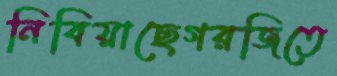
নিবিয়াছেগরজিতে